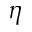
\eta